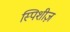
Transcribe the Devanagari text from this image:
स्पिशीज़